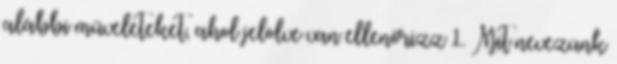
alábbi műveleteket, ahol jelölve van ellenőrizz 1. Mit nevezünk